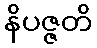
နိပဇ္ဇတိ